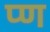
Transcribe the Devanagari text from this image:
प्ण